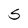
Character: S